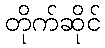
တိုက်ဆိုင်